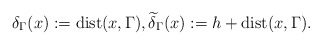
\begin{align*}\delta_\Gamma(x) := \operatorname*{dist}(x,\Gamma), \widetilde \delta_\Gamma(x) := h + \operatorname*{dist}(x,\Gamma). \end{align*}